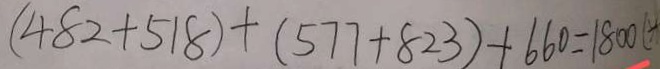
( 4 8 2 + 5 1 8 ) + ( 5 7 7 + 8 2 3 ) + 6 6 0 = 1 8 0 0 (